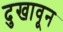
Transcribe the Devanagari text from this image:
दुखावून